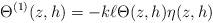
LaTeX: \begin{align*} \Theta^{(1)}(z,h) = -k \ell \Theta(z,h) \eta(z,h)\end{align*}